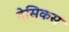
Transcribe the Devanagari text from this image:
देसिकस